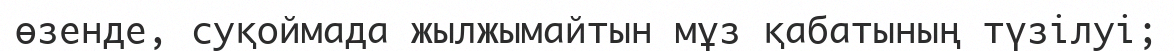
өзенде, суқоймада жылжымайтын мұз қабатының түзілуі;